Madras plague regulations in force outside the Presidency town - Volume 1
Disease focus: Plague
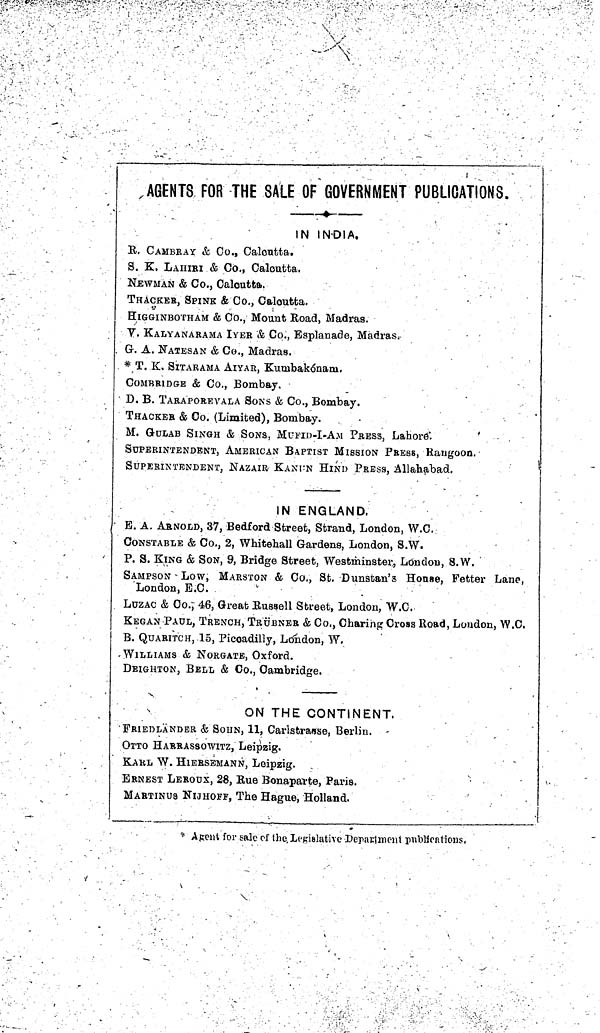
AGENTS FOR THE SALE OF GOVERNMENT PUBLICATIONS.
IN INDIA.
R. CAMBRA Y & Co., Calcutta.
S. K. LAHIRI & Co., Calcutta.
NEWMAN & Co., Calcutta.
THACKER, SPINK & Co., Calcutta.
HIGGINBOTHAM & Co., Mount Road, Madras.
V. KALYANARAMA IYER & Co., Esplanade, Madras
G. A. NATESAN & Co., Madras.
* T. K, SITARAMA AIYAR, Kumbakónam.
COMBRIDGE & Co., Bombay.
D. B. TARAPOREVALA SONS & Co., Bombay.
THACKER & Co. (Limited), Bombay.
M. GULAB SINGH & SONS, MUFID-I-AM PRESS, Lahore.
SUPERINTENDENT, AMERICAN BAPTIST MISSION PRESS, Rangoon.
SUPERINTENDENT, NAZAIR, KANUN HIND PRESS, Allahabad.
IN ENGLAND.
B. A. ARNOLD, 37, Bedford Street, Strand, London, W.C.
CONSTABLE & Co., 2, Whitehall Gardens, London, S.W.
P. S. KING & SON, 9, Bridge Street, Westminster, London, S.W.
SAMPSON - Low, MARSTON & Co., St. Dunstan's House, Fetter Lane,
London, E.C.
LUZAC & Co. 46, Great Russell Street, London, W.C.
KEGAN PAUL, TRENCH, TRÜBNER & Co., Charing Cross Road, London, W.C.
B. QUARITCH, 15, Piccadilly, London, W,
WILLIAMS & NORGATE, Oxford.
DEIGHTON, BELL & Co., Cambridge.
ON THE CONTINENT.
•FRIEDLANDER & SOHN, 11, Carlstrasse, Berlin.
OTTO HARRASSOWITZ, Leipzig.
KARL W. HIERSEMANN, Leipzig.
ERNEST LEROUX, 28, Eue Bonaparte, Paris.
MARTINUS NIJHOFF, The Hague, Holland.
* Agent for sale of the, Legislative Department publications.